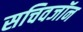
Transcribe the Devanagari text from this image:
सचिवजॉन